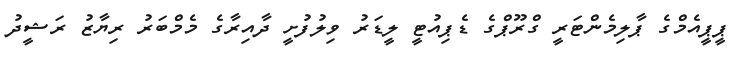
ޕީޕީއެމްގެ ޕާލިމެންޓަރީ ގްރޫޕްގެ ޑެޕިއުޓީ ލީޑަރު ވިލުފުށީ ދާއިރާގެ މެމްބަރު ރިޔާޒު ރަޝީދު